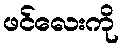
ဖင်လေးကို